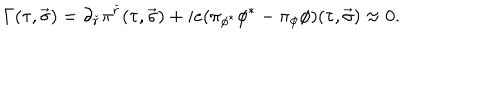
\Gamma ( \tau , \vec { \sigma } ) = \partial _ { \check { r } } \pi ^ { \check { r } } ( \tau , \vec { \sigma } ) + i e ( \pi _ { \phi ^ { * } } \phi ^ { * } - \pi _ { \phi } \phi ) ( \tau , \vec { \sigma } ) \approx 0 .